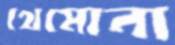
থেমোনা